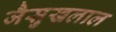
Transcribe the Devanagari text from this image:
जैसुखलाल